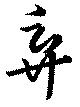
弃